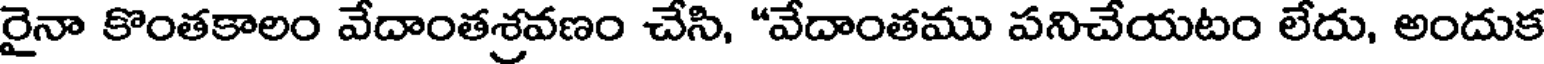
రైనా కొంతకాలం వేదాంతశ్రవణం చేసి, "వేదాంతము పనిచేయటం లేదు, అందుక